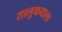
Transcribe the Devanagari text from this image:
तालुकयाला